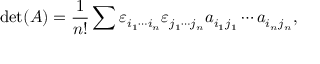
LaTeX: \operatorname* { d e t } ( A ) = { \frac { 1 } { n ! } } \sum \varepsilon _ { i _ { 1 } \cdots i _ { n } } \varepsilon _ { j _ { 1 } \cdots j _ { n } } a _ { i _ { 1 } j _ { 1 } } \cdots a _ { i _ { n } j _ { n } } ,